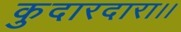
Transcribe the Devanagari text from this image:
कुदारदारा।।